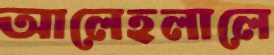
আলেহলালে